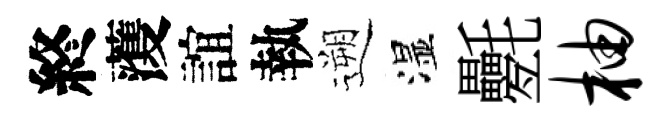
終𮑮誼執遡湿氎柚